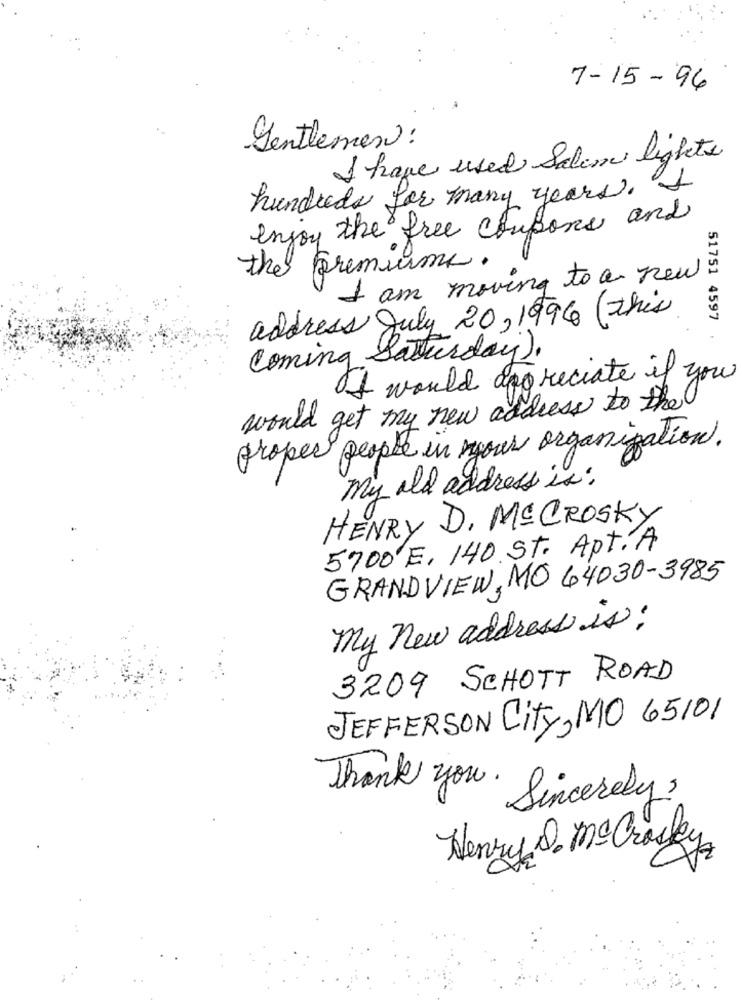
7-15- 96
Gentlemen:
I have used Salami lights
hundreds for many years.
enjoy the free coupons and
the premiume.
I am moving to a new
address July 20, 1996 (this
51751 4597
Coming Saturday).
of would appreciate if you
would get my new address to the
proper people in your organization.
My old address is :
HENRY D. Mª CROSKY
5700 E, 140. ST. Apt.A
GRANDVIEW, MO 64030-3985
my new address is:
3209 SCHOTT ROAD
JEFFERSON City, MO 65101
Thank you .
Sincerely
Henry Q Mc Crocky